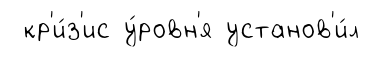
кр'и́з'ис у́ровн'я установ'и́л